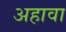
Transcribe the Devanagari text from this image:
अहावा